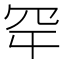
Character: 𮉾